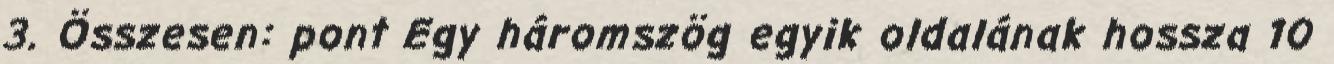
3. Összesen: pont Egy háromszög egyik oldalának hossza 10